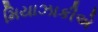
મિયાઝાકીએ